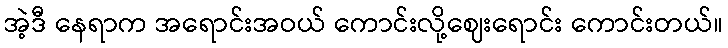
အဲ့ဒီ နေရာက အရောင်းအဝယ် ကောင်းလို့ဈေးရောင်း ကောင်းတယ်။